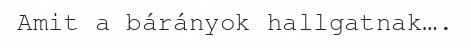
Amit a bárányok hallgatnak….